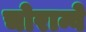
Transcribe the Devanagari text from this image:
चोरान्वे